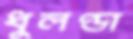
ধুলণ্ডা